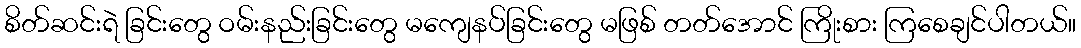
စိတ်ဆင်းရဲ ခြင်းတွေ ဝမ်းနည်းခြင်းတွေ မကျေနပ်ခြင်းတွေ မဖြစ် တတ်အောင် ကြိုးစား ကြစေချင်ပါတယ်။